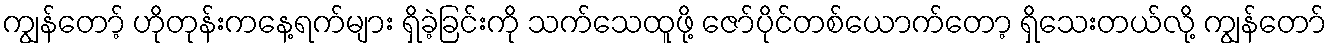
ကျွန်တော့် ဟိုတုန်းကနေ့ရက်များ ရှိခဲ့ခြင်းကို သက်သေထူဖို့ ဇော်ပိုင်တစ်ယောက်တော့ ရှိသေးတယ်လို့ ကျွန်တော်